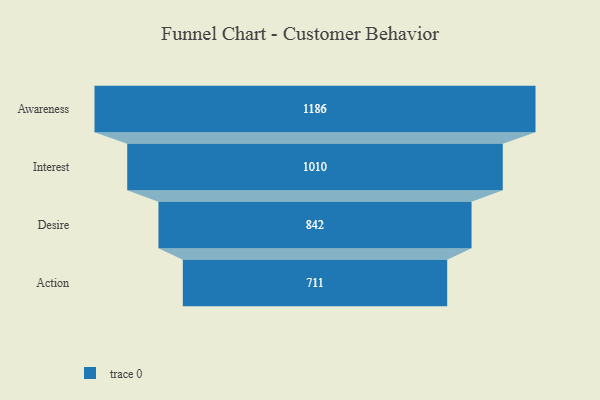
{"axis": {"x": "Stage", "y": "Value"}, "legend": [""], "data": [{"x": "Awareness", "y": 1186.0, "type": ""}, {"x": "Interest", "y": 1010.0, "type": ""}, {"x": "Desire", "y": 842.0, "type": ""}, {"x": "Action", "y": 711.0, "type": ""}]}